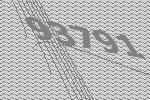
93791